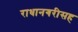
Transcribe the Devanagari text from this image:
राधानगरीसह